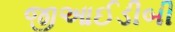
જીઆઈડીબી